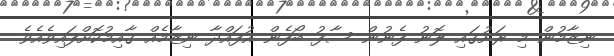
ނިޒާމުން މި ރަށުގައި ލޮނު ފެނުން ސާފު ބޯފެން އުފައްދާ ނިޒާމެއް ގާއިމުކޮށްފައިވެއެވެ.